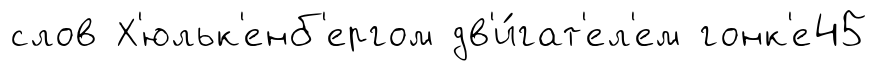
слов Х'юльк'енб'ергом дв'и́гат'ел'ем гонк'е45